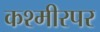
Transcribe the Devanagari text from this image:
कश्मीरपर